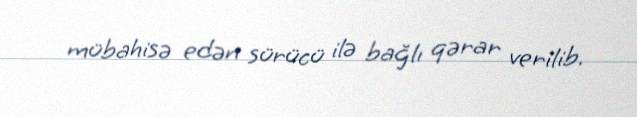
mübahisə edən sürücü ilə bağlı qərar verilib.